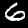
Digit: 6